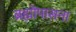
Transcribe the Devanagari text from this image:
ब्रह्मोपासना